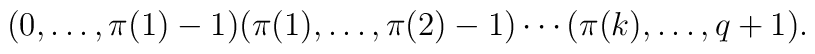
(0,\ldots,\pi(1)-1)(\pi(1),\ldots,\pi(2)-1)\cdots(\pi(k),\ldots,q+1).